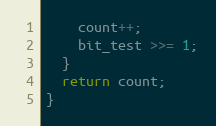
Language: C++
    count++;
    bit_test >>= 1;
  }
  return count;
}